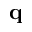
{ \bf q }